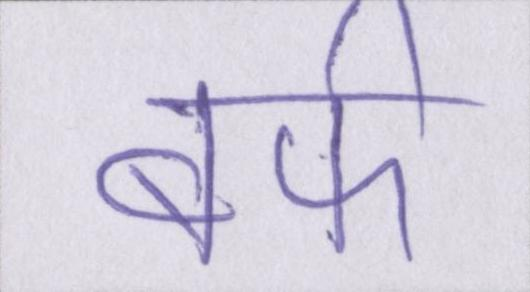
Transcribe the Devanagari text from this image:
बर्फ